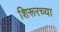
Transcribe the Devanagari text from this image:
शिरूरच्या